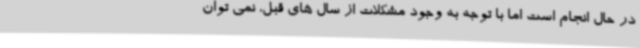
در حال انجام است اما با توجه به وجود مشکلات از سال های قبل، نمی توان